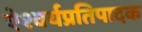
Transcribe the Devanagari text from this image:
ऐश्वर्यप्रतिपादक